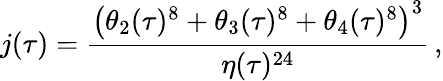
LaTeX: j(\tau)=\frac{\left(\theta_{2}(\tau)^{8}+\theta_{3}(\tau)^{8}+\theta_{4}(\tau)^{8}\right)^{3}}{\eta(\tau)^{24}}\, ,